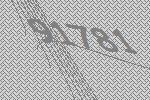
91781